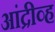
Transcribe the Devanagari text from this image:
आंद्रीव्ह